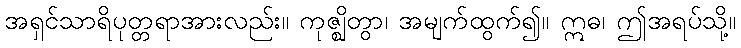
အရှင်သာရိပုတ္တရာအားလည်း။ ကုဇ္ဈိတွာ၊ အမျက်ထွက်၍။ ဣဓ၊ ဤအရပ်သို့။